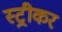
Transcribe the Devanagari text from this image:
स्ट्रीकर